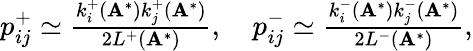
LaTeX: \begin{array}{r}{p_{ij}^{+}\simeq\frac{k_{i}^{+}(\mathbf{A}^{*})k_{j}^{+}(\mathbf{A}^{*})}{2L^{+}(\mathbf{A}^{*})},\quad p_{ij}^{-}\simeq\frac{k_{i}^{-}(\mathbf{A}^{*})k_{j}^{-}(\mathbf{A}^{*})}{2L^{-}(\mathbf{A}^{*})},}\end{array}